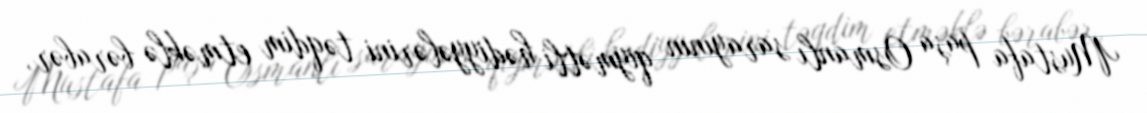
Mustafa paşa Osmanlı sarayının qiymətli hədiyyələrini təqdim etməklə bərabər,